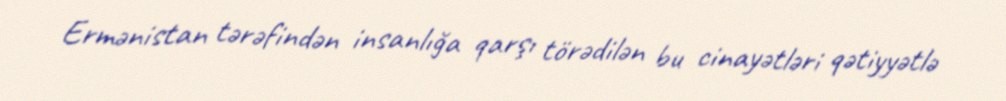
Ermənistan tərəfindən insanlığa qarşı törədilən bu cinayətləri qətiyyətlə